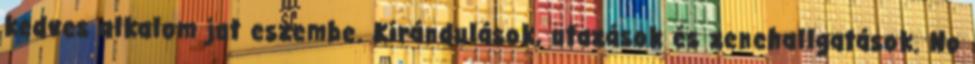
kedves alkalom jut eszembe. Kirándulások, utazások és zenehallgatások. No